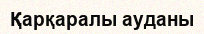
Қарқаралы ауданы